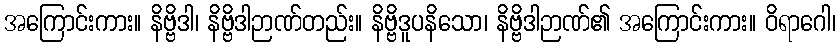
အကြောင်းကား။ နိဗ္ဗိဒါ၊ နိဗ္ဗိဒါဉာဏ်တည်း။ နိဗ္ဗိဒူပနိသော၊ နိဗ္ဗိဒါဉာဏ်၏ အကြောင်းကား။ ဝိရာဂေါ၊